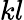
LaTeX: kl